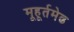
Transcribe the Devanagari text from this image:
मूहूर्तमेढ